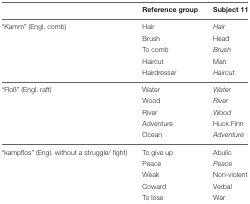
|  | Reference group | Subject 11 |
 | --- | --- | --- |
 | “Kamm” (Engl. comb) | Hair | Hair |
 |  | Brush | Head |
 |  | To comb | Brush |
 |  | Haircut | Man |
 |  | Hairdresser | Haircut |
 | “Floß” (Engl. raft) | Water | Water |
 |  | Wood | River |
 |  | River | Wood |
 |  | Adventure | Huck Finn |
 |  | Ocean | Adventure |
 | “kampflos” (Engl. without a struggle/ fight) | To give up | Abulic |
 |  | Peace | Peace |
 |  | Weak | Non-violent |
 |  | Coward | Verbal |
 |  | To lose | War |